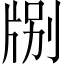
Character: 𪺤